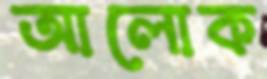
আলোক